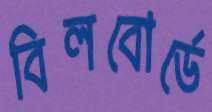
বিলবোর্ডে